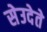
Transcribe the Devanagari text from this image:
सेउदेते